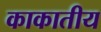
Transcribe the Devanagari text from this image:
काकातीय